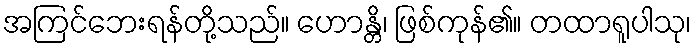
အကြင်ဘေးရန်တို့သည်။ ဟောန္တိ၊ ဖြစ်ကုန်၏။ တထာရူပါသု၊